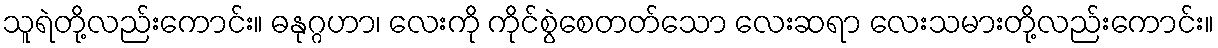
သူရဲတို့လည်းကောင်း။ ဓနုဂ္ဂဟာ၊ လေးကို ကိုင်စွဲစေတတ်သော လေးဆရာ လေးသမားတို့လည်းကောင်း။